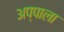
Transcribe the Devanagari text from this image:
अप्पाला